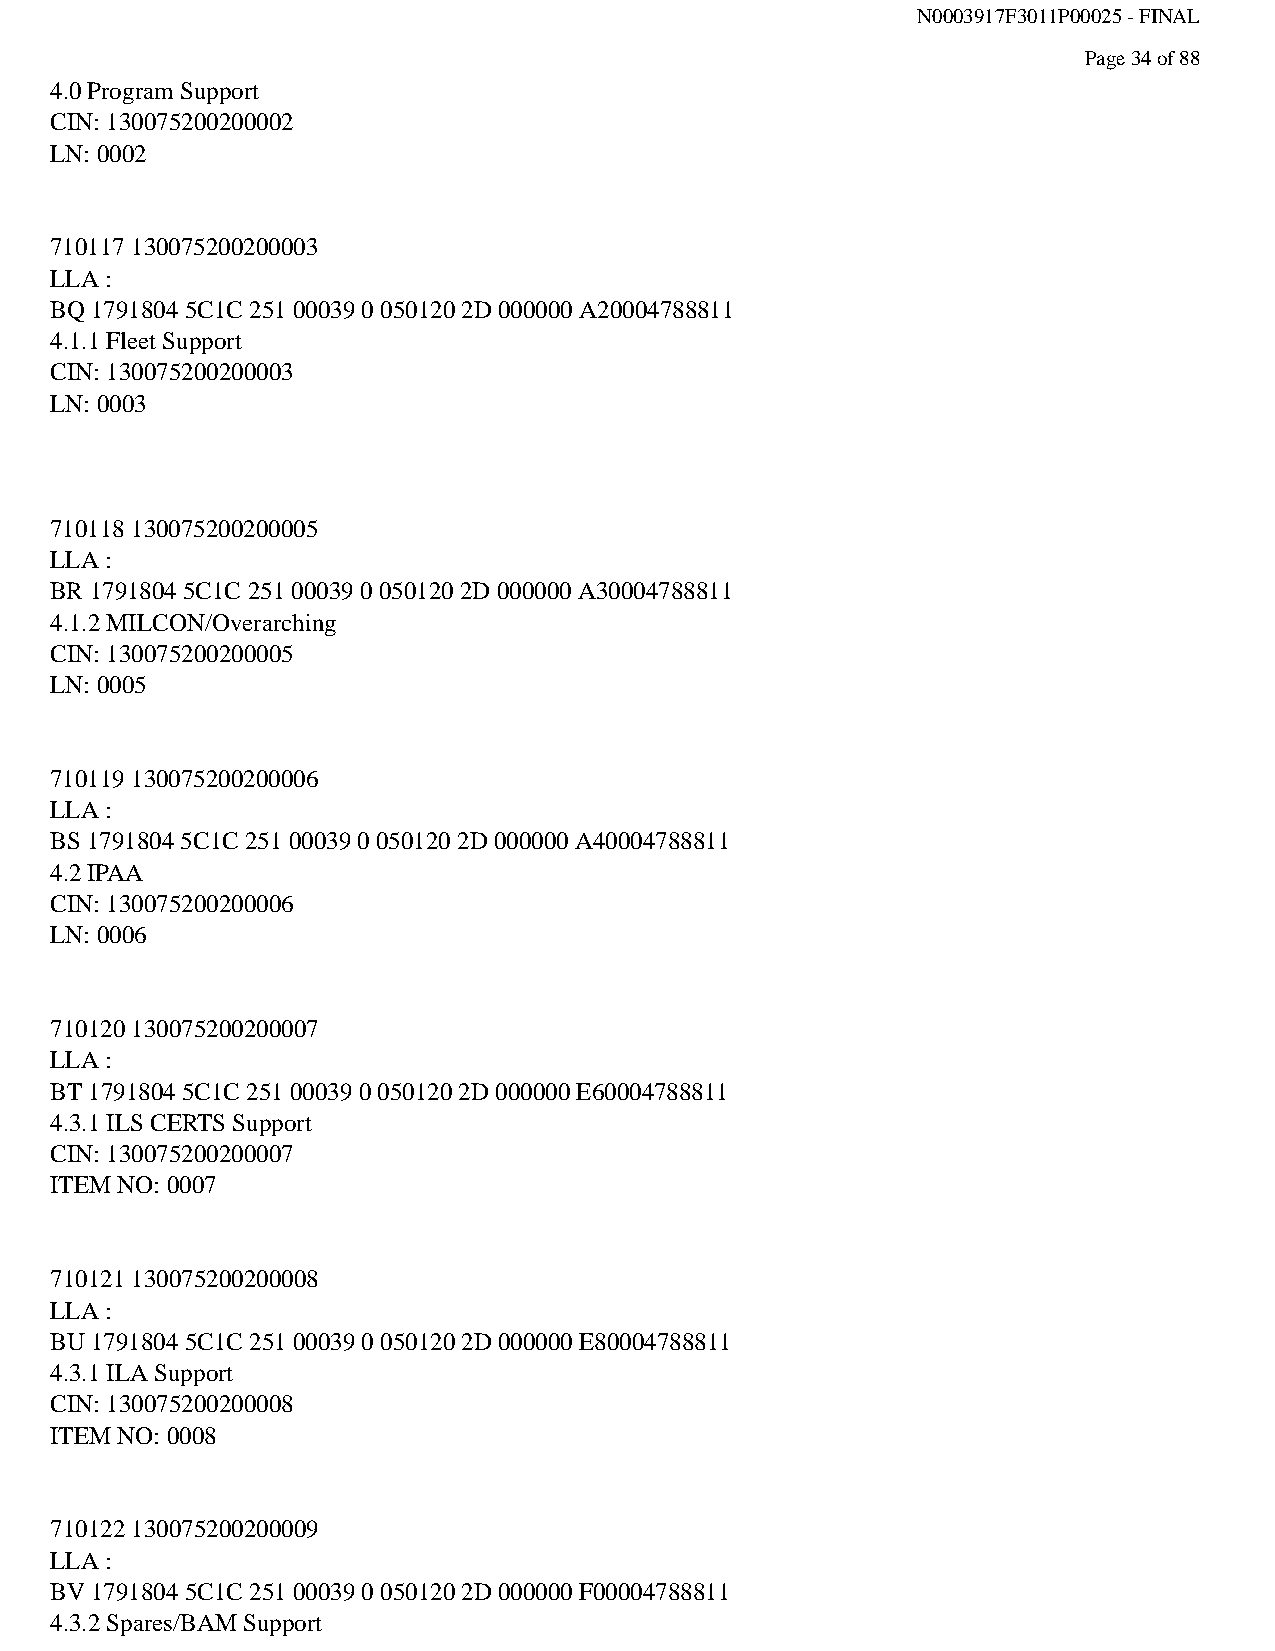
N0003917F3011P00025 - FINAL
 Page 34 of 88
 4.0 Program Support
 CIN: 130075200200002
 LN: 0002
 710117 130075200200003
 LLA :
 BQ 1791804 5C1C 251 00039 0 050120 2D 000000 A20004788811
 4.1.1 Fleet Support
 CIN: 130075200200003
 LN: 0003
 710118 130075200200005
 LLA :
 BR 1791804 5C1C 251 00039 0 050120 2D 000000 A30004788811
 4.1.2 MILCON/Overarching
 CIN: 130075200200005
 LN: 0005
 710119 130075200200006
 LLA :
 BS 1791804 5C1C 251 00039 0 050120 2D 000000 A40004788811
 4.2 IPAA
 CIN: 130075200200006
 LN: 0006
 710120 130075200200007
 LLA :
 BT 1791804 5C1C 251 00039 0 050120 2D 000000 E60004788811
 4.3.1 ILS CERTS Support
 CIN: 130075200200007
 ITEM NO: 0007
 710121 130075200200008
 LLA :
 BU 1791804 5C1C 251 00039 0 050120 2D 000000 E80004788811
 4.3.1 ILA Support
 CIN: 130075200200008
 ITEM NO: 0008
 710122 130075200200009
 LLA :
 BV 1791804 5C1C 251 00039 0 050120 2D 000000 F00004788811
 4.3.2 Spares/BAM Support